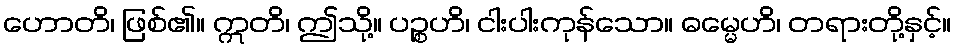
ဟောတိ၊ ဖြစ်၏။ ဣတိ၊ ဤသို့။ ပဉ္စဟိ၊ ငါးပါးကုန်သော။ ဓမ္မေဟိ၊ တရားတို့နှင့်။